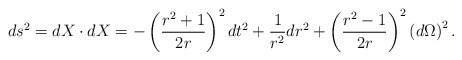
\begin{align*}ds^2=dX\cdot dX=-\left( \frac{r^2+1}{2r}\right) ^2dt^2+\frac1{r^2}dr^2+\left( \frac{r^2-1}{2r}\right) ^2\left( d\Omega \right) ^2{.}\end{align*}